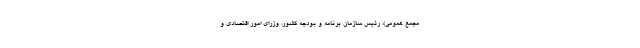
مجمع عمومی)، رئیس سازمان برنامه و بودجه کشور، وزرای امور اقتصادی و